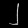
Digit: ၂